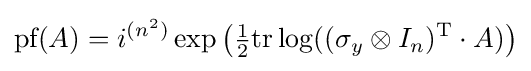
{\textrm {pf}}(A)=i^{(n^{2})}\exp \left({\tfrac {1}{2}}\mathrm {tr} \log((\sigma _{y}\otimes I_{n})^{\mathrm {T} }\cdot A)\right)